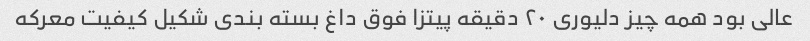
عالی بود همه چیز دلیوری ۲۰ دقیقه پیتزا فوق داغ بسته بندی شکیل کیفیت معرکه